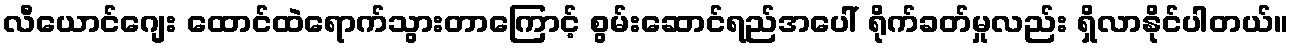
လီယောင်ဂျေး ထောင်ထဲရောက်သွားတာကြောင့် စွမ်းဆောင်ရည်အပေါ် ရိုက်ခတ်မှုလည်း ရှိလာနိုင်ပါတယ်။